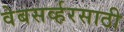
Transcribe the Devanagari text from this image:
वेबसर्व्हरसाठी